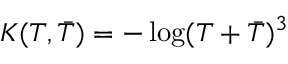
K ( T , { \bar { T } } ) = - \log ( T + { \bar { T } } ) ^ { 3 }